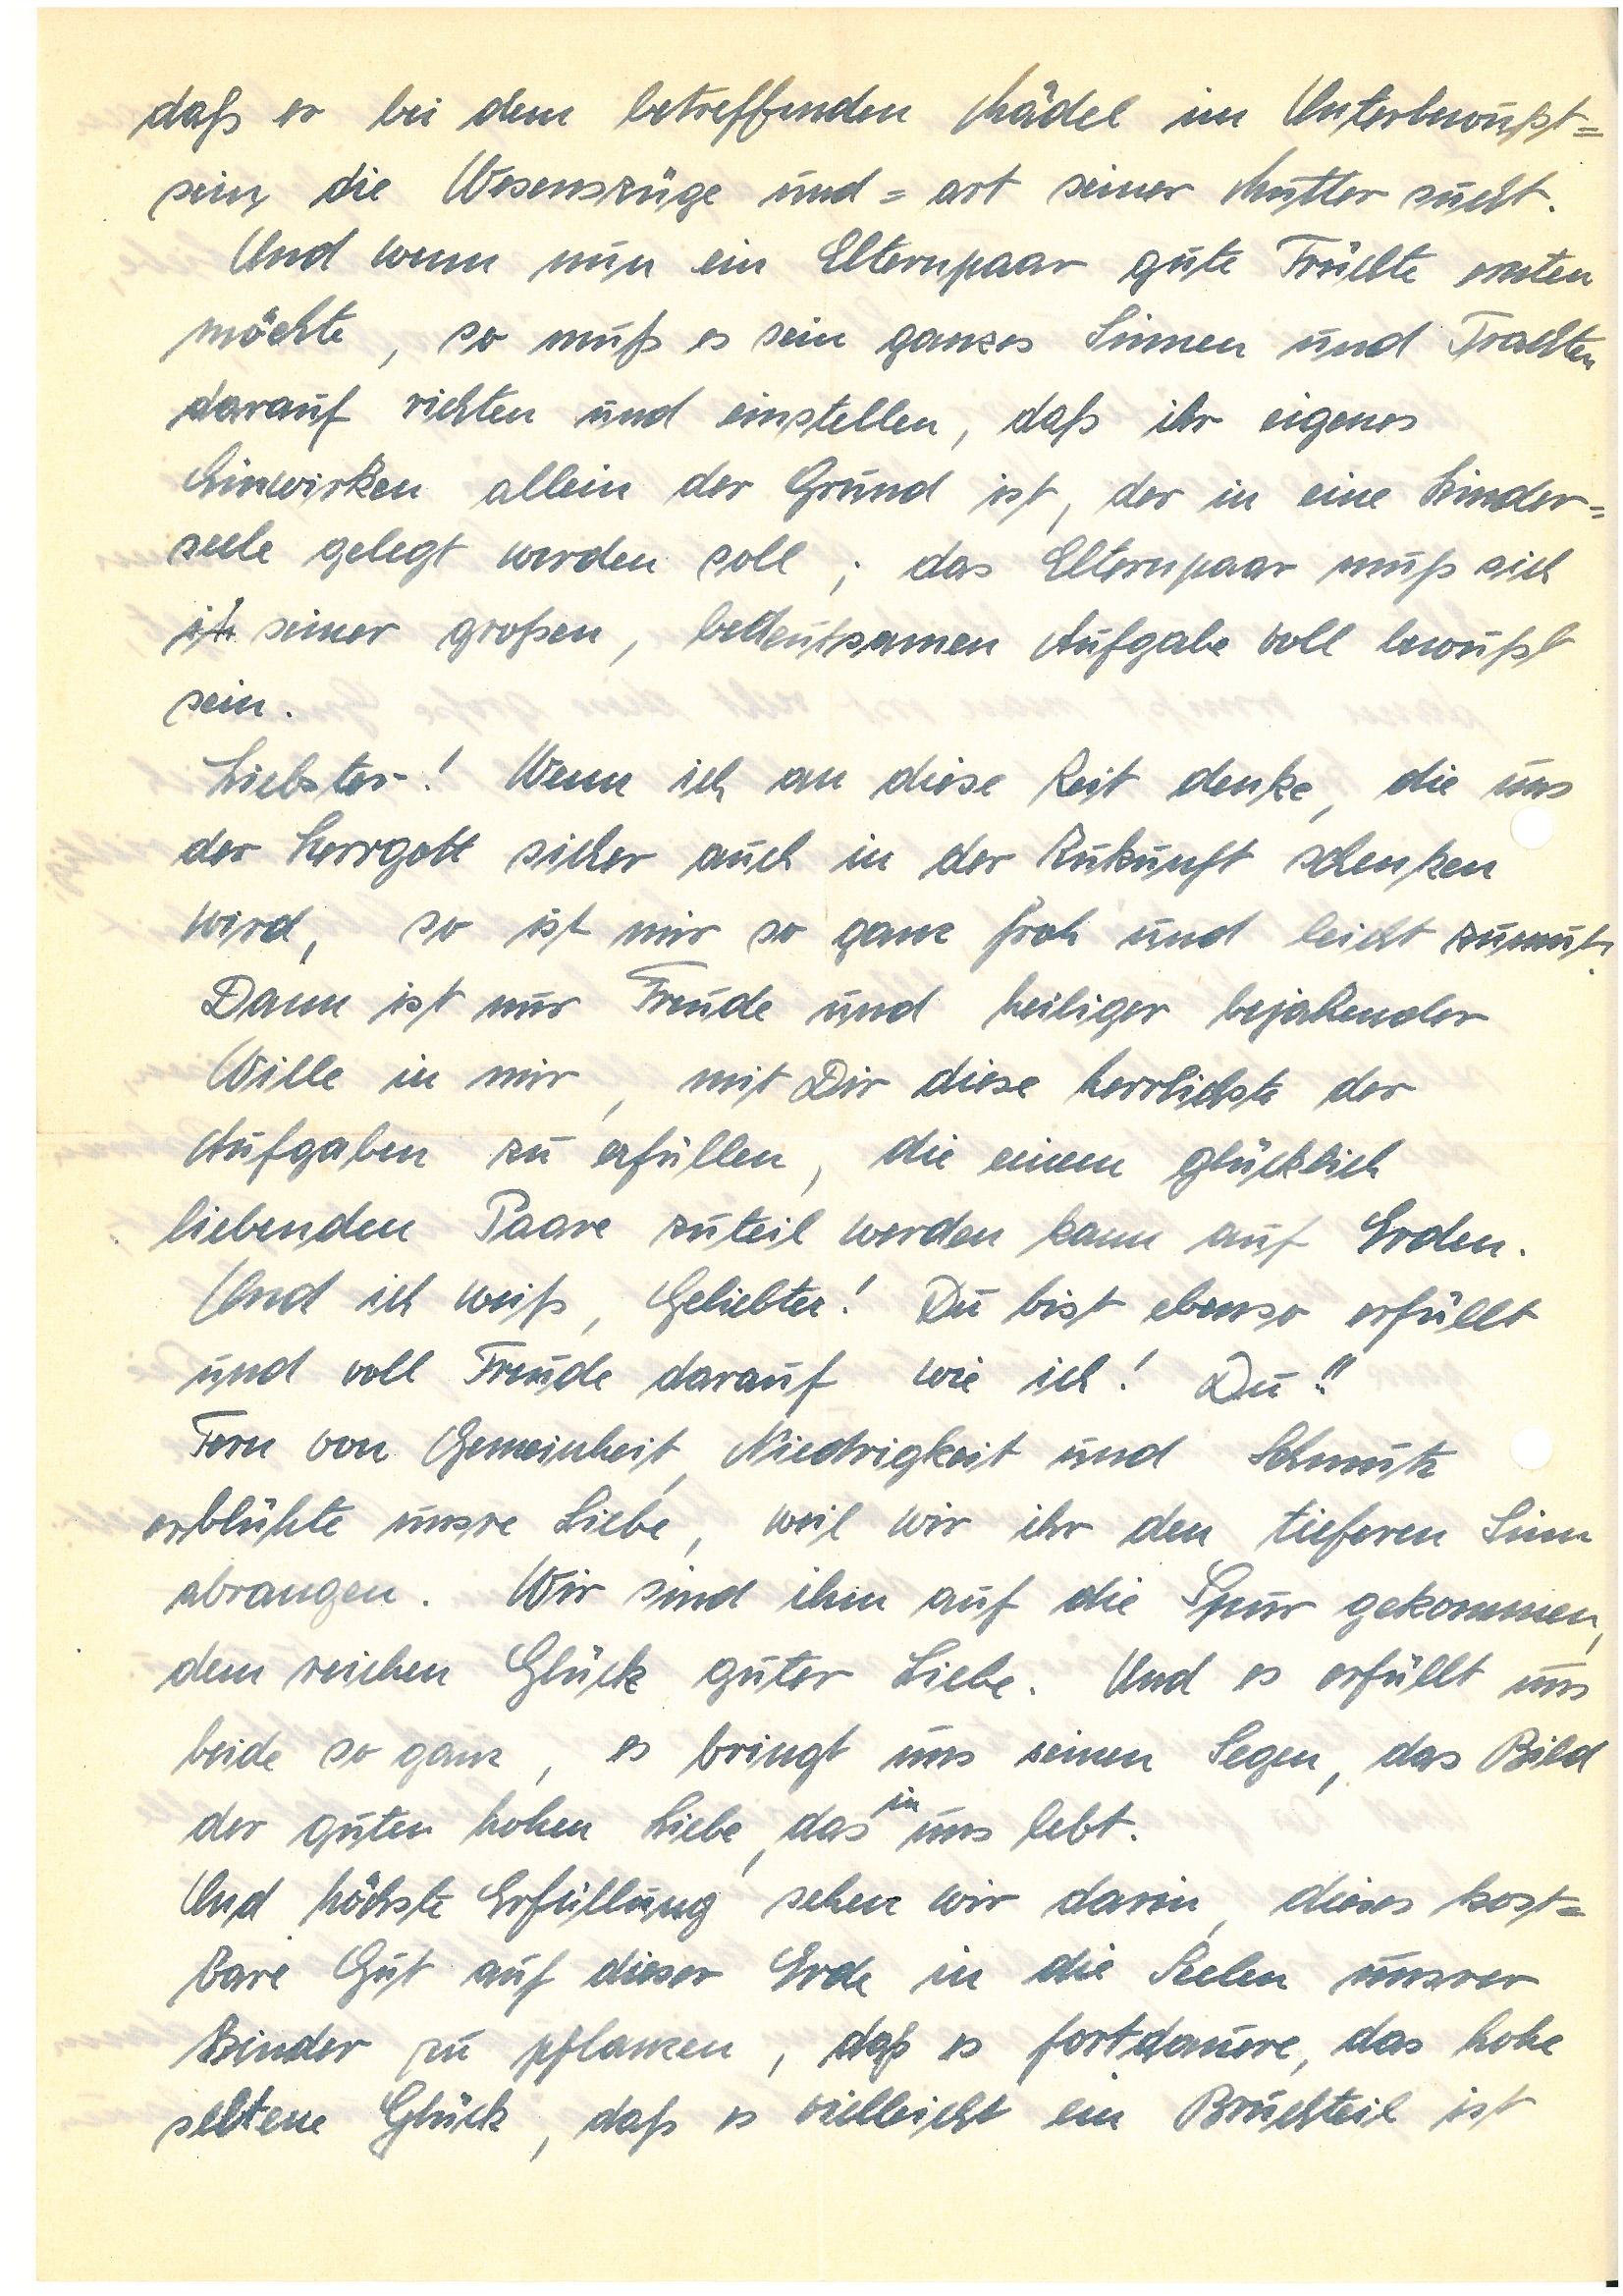
daß er bei dem betreffenden Mädel im Unterbewusst¬
sein die Wesenszüge und –art seiner Mutter sucht.
Und wenn nun ein Elternpaar gute Früchte ernten
möchte, so muß es sein ganzes Sinnen und Trachten
darauf richten und einstellen, daß ihr eigenes
Einwirken allein der Grund ist, der in eine Kinder¬
seele gelegt werden soll; das Elternpaar muss sich
seiner großen, bedeutsamen Aufgabe voll bewusst
sein.
Liebster! Wenn ich an diese Zeit denke, die uns
der Herrgott sicher auch in der Zukunft schenken
wird, so ist mir so ganz froh und leicht zumute.
Dann ist nur Freude und heiliger, bejahender
Wille in mir, mit dir diese herrlichste der
Aufgaben zu erfüllen, die einem glücklich
liebenden Paar zuteil werden kann auf Erden.
Und ich weiß, Geliebter! Du bist ebenso erfüllt
und voll Freude darauf wie ich! Du!!
Fern von Gemeinheit, Niedrigkeit und Schmutz
erblühte unsre Liebe, weil wir ihr den tieferen Sinn
abrangen. Wir sind ihm auf die Spur gekommen,
dem reichen Glück guter Liebe. Und es erfüllt uns
beide so ganz, es bringt uns seinen Segen, daß Bild
in
der guten hohen Liebe, das uns lebt.
Und höchste Erfüllung sehen wir darin, dieses kost¬
bare Gut auf dieser Erde in die Seelen unsrer
Kinder zu pflanzen, daß es fortdaure, das hohe
seltene Glück, daß es vielleicht ein Bruchteil ist